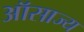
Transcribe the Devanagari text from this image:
ऑसाज्य